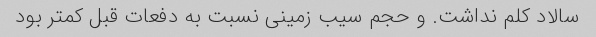
سالاد کلم نداشت. و حجم سیب زمینی نسبت به دفعات قبل کمتر بود